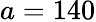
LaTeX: a=140